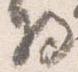
将